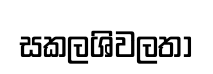
සකලශිවලතා